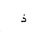
Letter: _thal